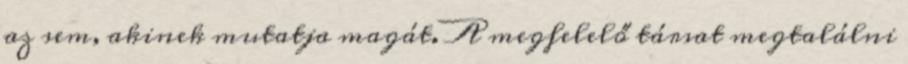
az sem, akinek mutatja magát. A megfelelő társat megtalálni